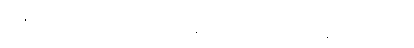
အနုပါဒိသေသာယ၊ သော။ နိဗ္ဗာနဓာတုယာ၊ ဖြင့်။ ယံ နိဗ္ဗာနံ၊ အကြင်